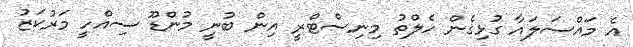
އެ މައްސަލައާ ގުޅިގެން ހެލްތު މިނިސްޓްރީ އިން ބުނީ މުންޑޫ ސިއްހީ މަރުކަޒު